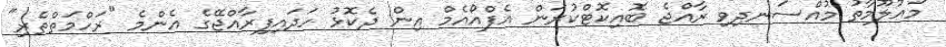
މައުލޫމާތު މުއްސަނދިވި ރާއްޖެ ބޮއިކޮޓްކުރަން އެފްއޯއެމް އިން ދެކޮޅު ހަދައިފިރާއްޖޭގެ އެންމެ "ރަހްމަތްތެރި"